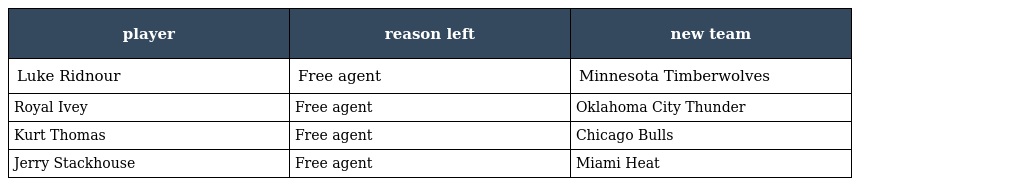
| player | reason left | new team |
 | --- | --- | --- |
 | Luke Ridnour | Free agent | Minnesota Timberwolves |
 | Royal Ivey | Free agent | Oklahoma City Thunder |
 | Kurt Thomas | Free agent | Chicago Bulls |
 | Jerry Stackhouse | Free agent | Miami Heat |